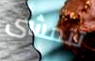
تتمشى